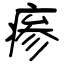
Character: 瘆